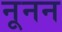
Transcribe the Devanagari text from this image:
नूनन